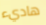
هاديء